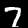
Label: 7